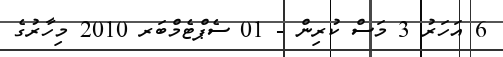
6 އަހަރު 3 މަސް ކުރިން - 01 ސެޕްޓެމްބަރ 2010 މިހާރުގެ